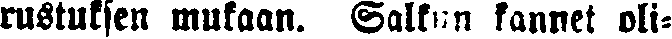
rustuksen mukaan. Salkun kannet oli-